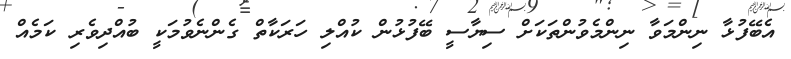
އެބޭފުޅާ ނިންމަވާ ނިންމެވުންތަކަށް ސިޔާސީ ބޭފުޅުން ކުއްލި ހަރަކާތް ގެންނެވުމަކީ ބުއްދިވެރި ކަމެއް